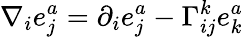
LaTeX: \nabla_{i}e_{j}^{a}=\partial_{i}e_{j}^{a}-\Gamma_{ij}^{k}e_{k}^{a}